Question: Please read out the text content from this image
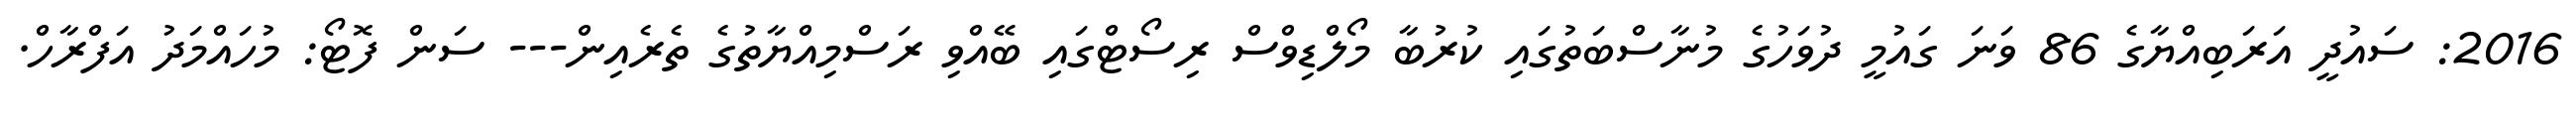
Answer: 2016: ސައުދީ އަރަބިއްޔާގެ 86 ވަނަ ގައުމީ ދުވަހުގެ މުނާސްބަތުގައި ކުރުބާ މޯލްޑިވްސް ރިސޯޓްގައި ބޭއްވި ރަސްމިއްޔާތުގެ ތެރެއިން--- ސަން ފޮޓޯ: މުހައްމަދު އަފްރާހް.